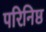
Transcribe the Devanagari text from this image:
परिनिष्ठ